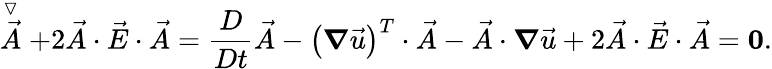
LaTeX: \stackrel{\triangledown}{\vec{A}}+2\vec{A}\cdot\vec{E}\cdot\vec{A}=\frac{D}{Dt}\vec{A}-\left(\boldsymbol{\nabla}\vec{u}\right)^{T}\cdot\vec{A}-\vec{A}\cdot\boldsymbol{\nabla}\vec{u}+2\vec{A}\cdot\vec{E}\cdot\vec{A}=\boldsymbol{0}.